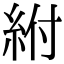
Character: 紨